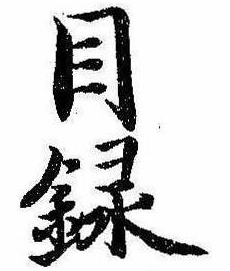
目録